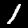
Digit: 1